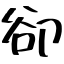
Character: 卻